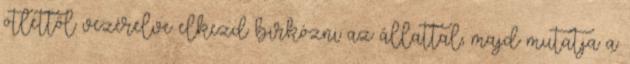
ötlettől vezérelve elkezd birkózni az állattal, majd mutatja a